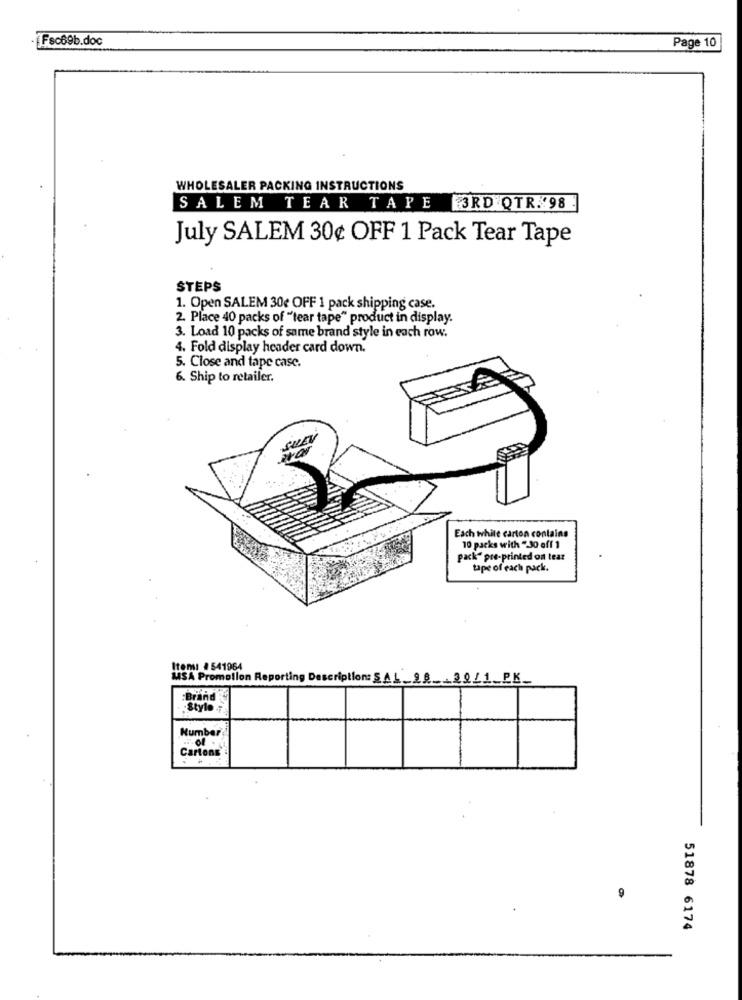
.Fsc69b.doc
Page 10
WHOLESALER PACKING INSTRUCTIONS
SALEM TEAR TAPE 3RD QTR. 98
July SALEM 30¢ OFF 1 Pack Tear Tape
STEPS
1. Open SALEM 30¢ OFF 1 pack shipping case.
2. Place 40 packs of "tear tape" product in display.
3. Load 10 packs of same brand style in each row.
4. Fold display header card down.
5. Close and tape case.
6. Ship to retailer.
Each white carton contains
10 packs with " 30 off 1
pack" pre-printed on tear
tape of each pack.
Item: #541964
MSA Promollon Reporting Description: S. A .!
_98 .. 2011_PK_
Brand
.Style
Number
9
51878 6174